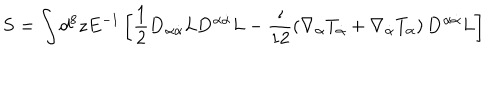
LaTeX: { \bf S } = \int d ^ { 8 } z E ^ { - 1 } \left[ \frac { 1 } { 2 } { \bf D } _ { \alpha \dot { \alpha } } L { \bf D } ^ { \alpha \dot { \alpha } } L - \frac { \imath } { 1 2 } \left( \nabla _ { \alpha } T _ { \dot { \alpha } } + \nabla _ { \dot { \alpha } } T _ { \alpha } \right) { \bf D } ^ { \alpha \dot { \alpha } } L \right]